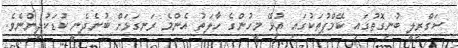
ސަގްރިލީ ބުނިގޮތުގައި ކޭމްޕުތަކުގައި އުޅޭ މީހުންގެ ހާލަތު އެންމެ ރަނގަޅަށް ބުނެދެނީ ކުޑަކުދިންނެވެ.